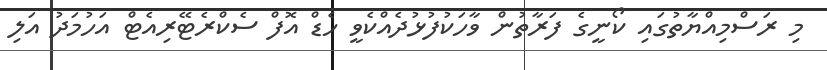
މި ރަސްމިއްޔާތުގައި ކޯނީގެ ފަރާތުން ވާހަކުފުޅުދެއްކެވީ ހެޑް އޮފް ސެކްރެޓޭރިއެޓް އަހުމަދު އަލި